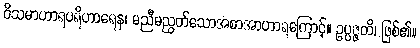
ဝိသမာဟာရပရိဟာရေန၊ မညီမညွတ်သောအစာအာဟာရကြောင့်။ ဥပ္ပဇ္ဇတိ၊ ဖြစ်၏။